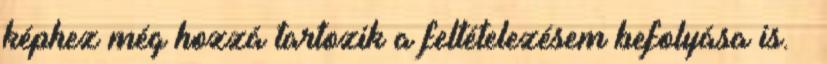
képhez még hozzá tartozik a feltételezésem befolyása is.